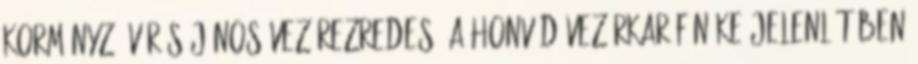
kormányzó Vörös János vezérezredes, a Honvéd Vezérkar fõnöke jelenlétében